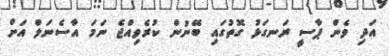
އަދި ވެން ޕާސީ ރަނގަޅު ގޮތުގައި ބޭނުން ކުރެވިއްޖެ ނަމަ އާސެނަލް އަށް